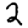
Digit: 2